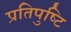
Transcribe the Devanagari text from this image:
प्रतिपुष्‍टि